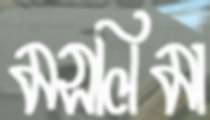
মসলিমা